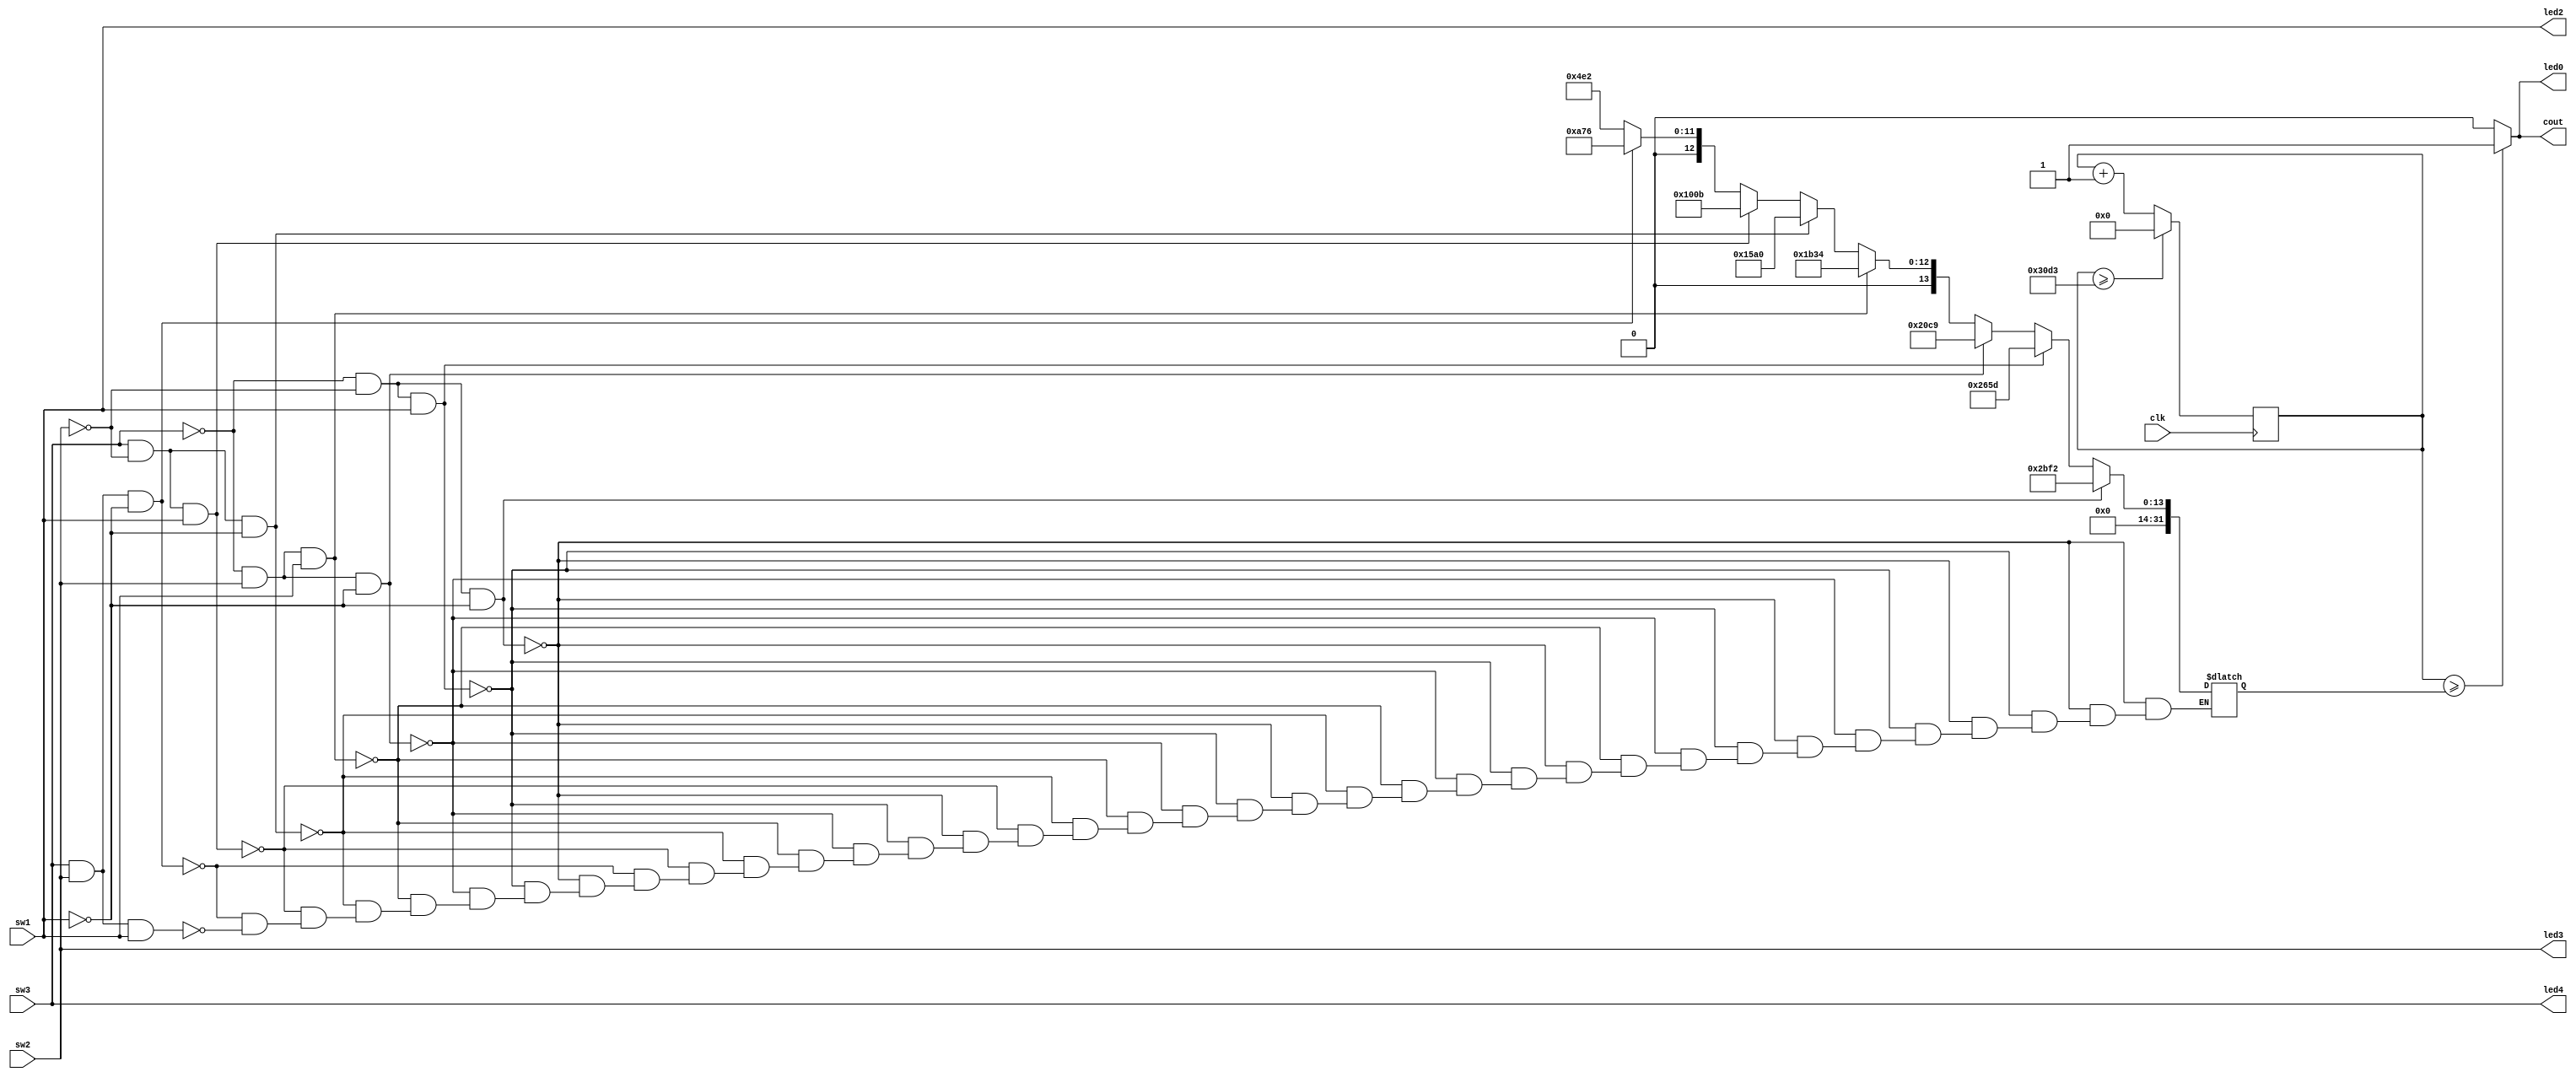
module main(clk,sw1,sw2,sw3,led0, led2, led3, led4, cout);


input clk, sw1, sw2, sw3;
reg[31:0] sel;
output cout, led0, led2, led3, led4;

reg[31:0] count = 32'd0;
parameter D = 32'd12500;


always @(posedge clk)
begin
	count <= count + 32'd1;
	if (count >= D-1)
		count <= 32'd0;
end

always @(sw1 or sw2 or sw3)
//begin
begin
	if (sw3 == 0 && sw2 == 0 && sw1 == 0)
		sel = D-(D*0.10);
		
	else if (sw3 == 0 && sw2 == 0 && sw1 == 1)
		sel = D-(D*0.21429);
		
	else if (sw3 == 0 && sw2 == 1 && sw1 == 0)
		sel = D-(D*0.32858);
		
	else if (sw3 == 0 && sw2 == 1 && sw1 == 1)
		sel = D-(D*0.44287);
		
	else if (sw3 == 1 && sw2 == 0 && sw1 == 0)
		sel = D-(D*0.55716);
		
	else if (sw3 == 1 && sw2 == 0 && sw1 == 1)
		sel = D-(D*0.67145);
		
	else if (sw3 == 1 && sw2 == 1 && sw1 == 0)
		sel = D-(D*0.78574);
		
	else if (sw3 == 1 && sw2 == 1 && sw1 == 1)
		sel = D-(D*0.90);
end
//end

assign cout = (count >= sel) ? 1'b1 : 1'b0;
assign led4 = sw3; //most significant bit led
assign led3 = sw2;
assign led2 = sw1;

assign led0 = cout;

endmodule